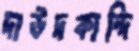
দাউদকান্দি